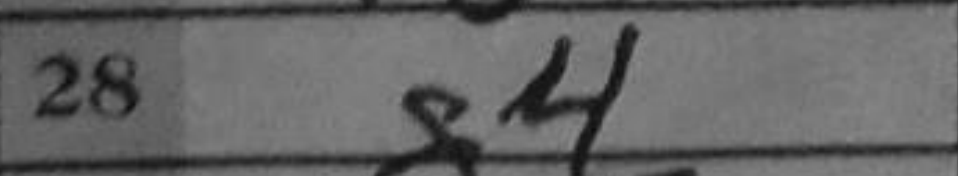
Transcription: g4